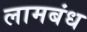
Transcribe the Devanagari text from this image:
लामबंध